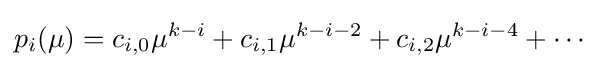
p_{i}(\mu )=c_{i,0}\mu ^{k-i}+c_{i,1}\mu ^{k-i-2}+c_{i,2}\mu ^{k-i-4}+\cdots